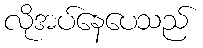
လိုအပ်နေပေသည်